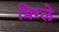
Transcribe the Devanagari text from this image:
व्रिग्ले